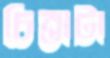
চিন্তাটা